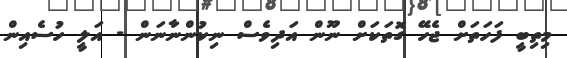
މިތިބީ ފަހަތަށް ޖެހޭ ގޮތަކަށް ނޫން އަދިވެސް ނިކުންނާނަން - އަލީ ހުސެއިން